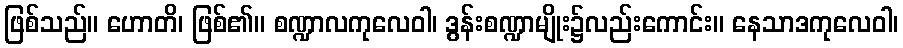
ဖြစ်သည်။ ဟောတိ၊ ဖြစ်၏။ စဏ္ဍာလကုလေဝါ၊ ဒွန်းစဏ္ဍာမျိုး၌လည်းကောင်း။ နေသာဒကုလေဝါ၊